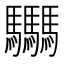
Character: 𩧢